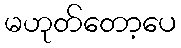
မဟုတ်တော့ပေ